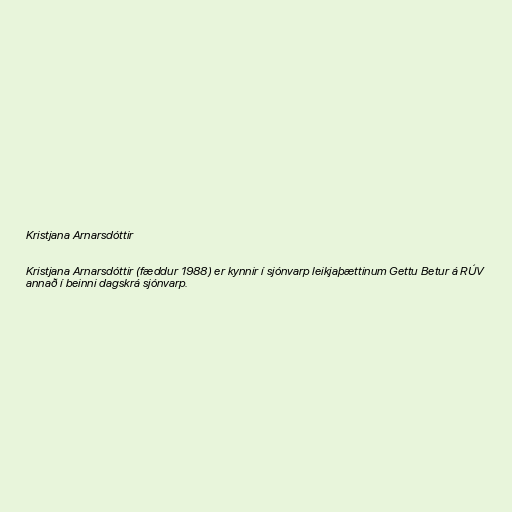
Kristjana Arnarsdóttir

Kristjana Arnarsdóttir (fæddur 1988) er kynnir í sjónvarp leikjaþættinum Gettu Betur á RÚV
annað í beinni dagskrá sjónvarp.